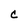
Character: c